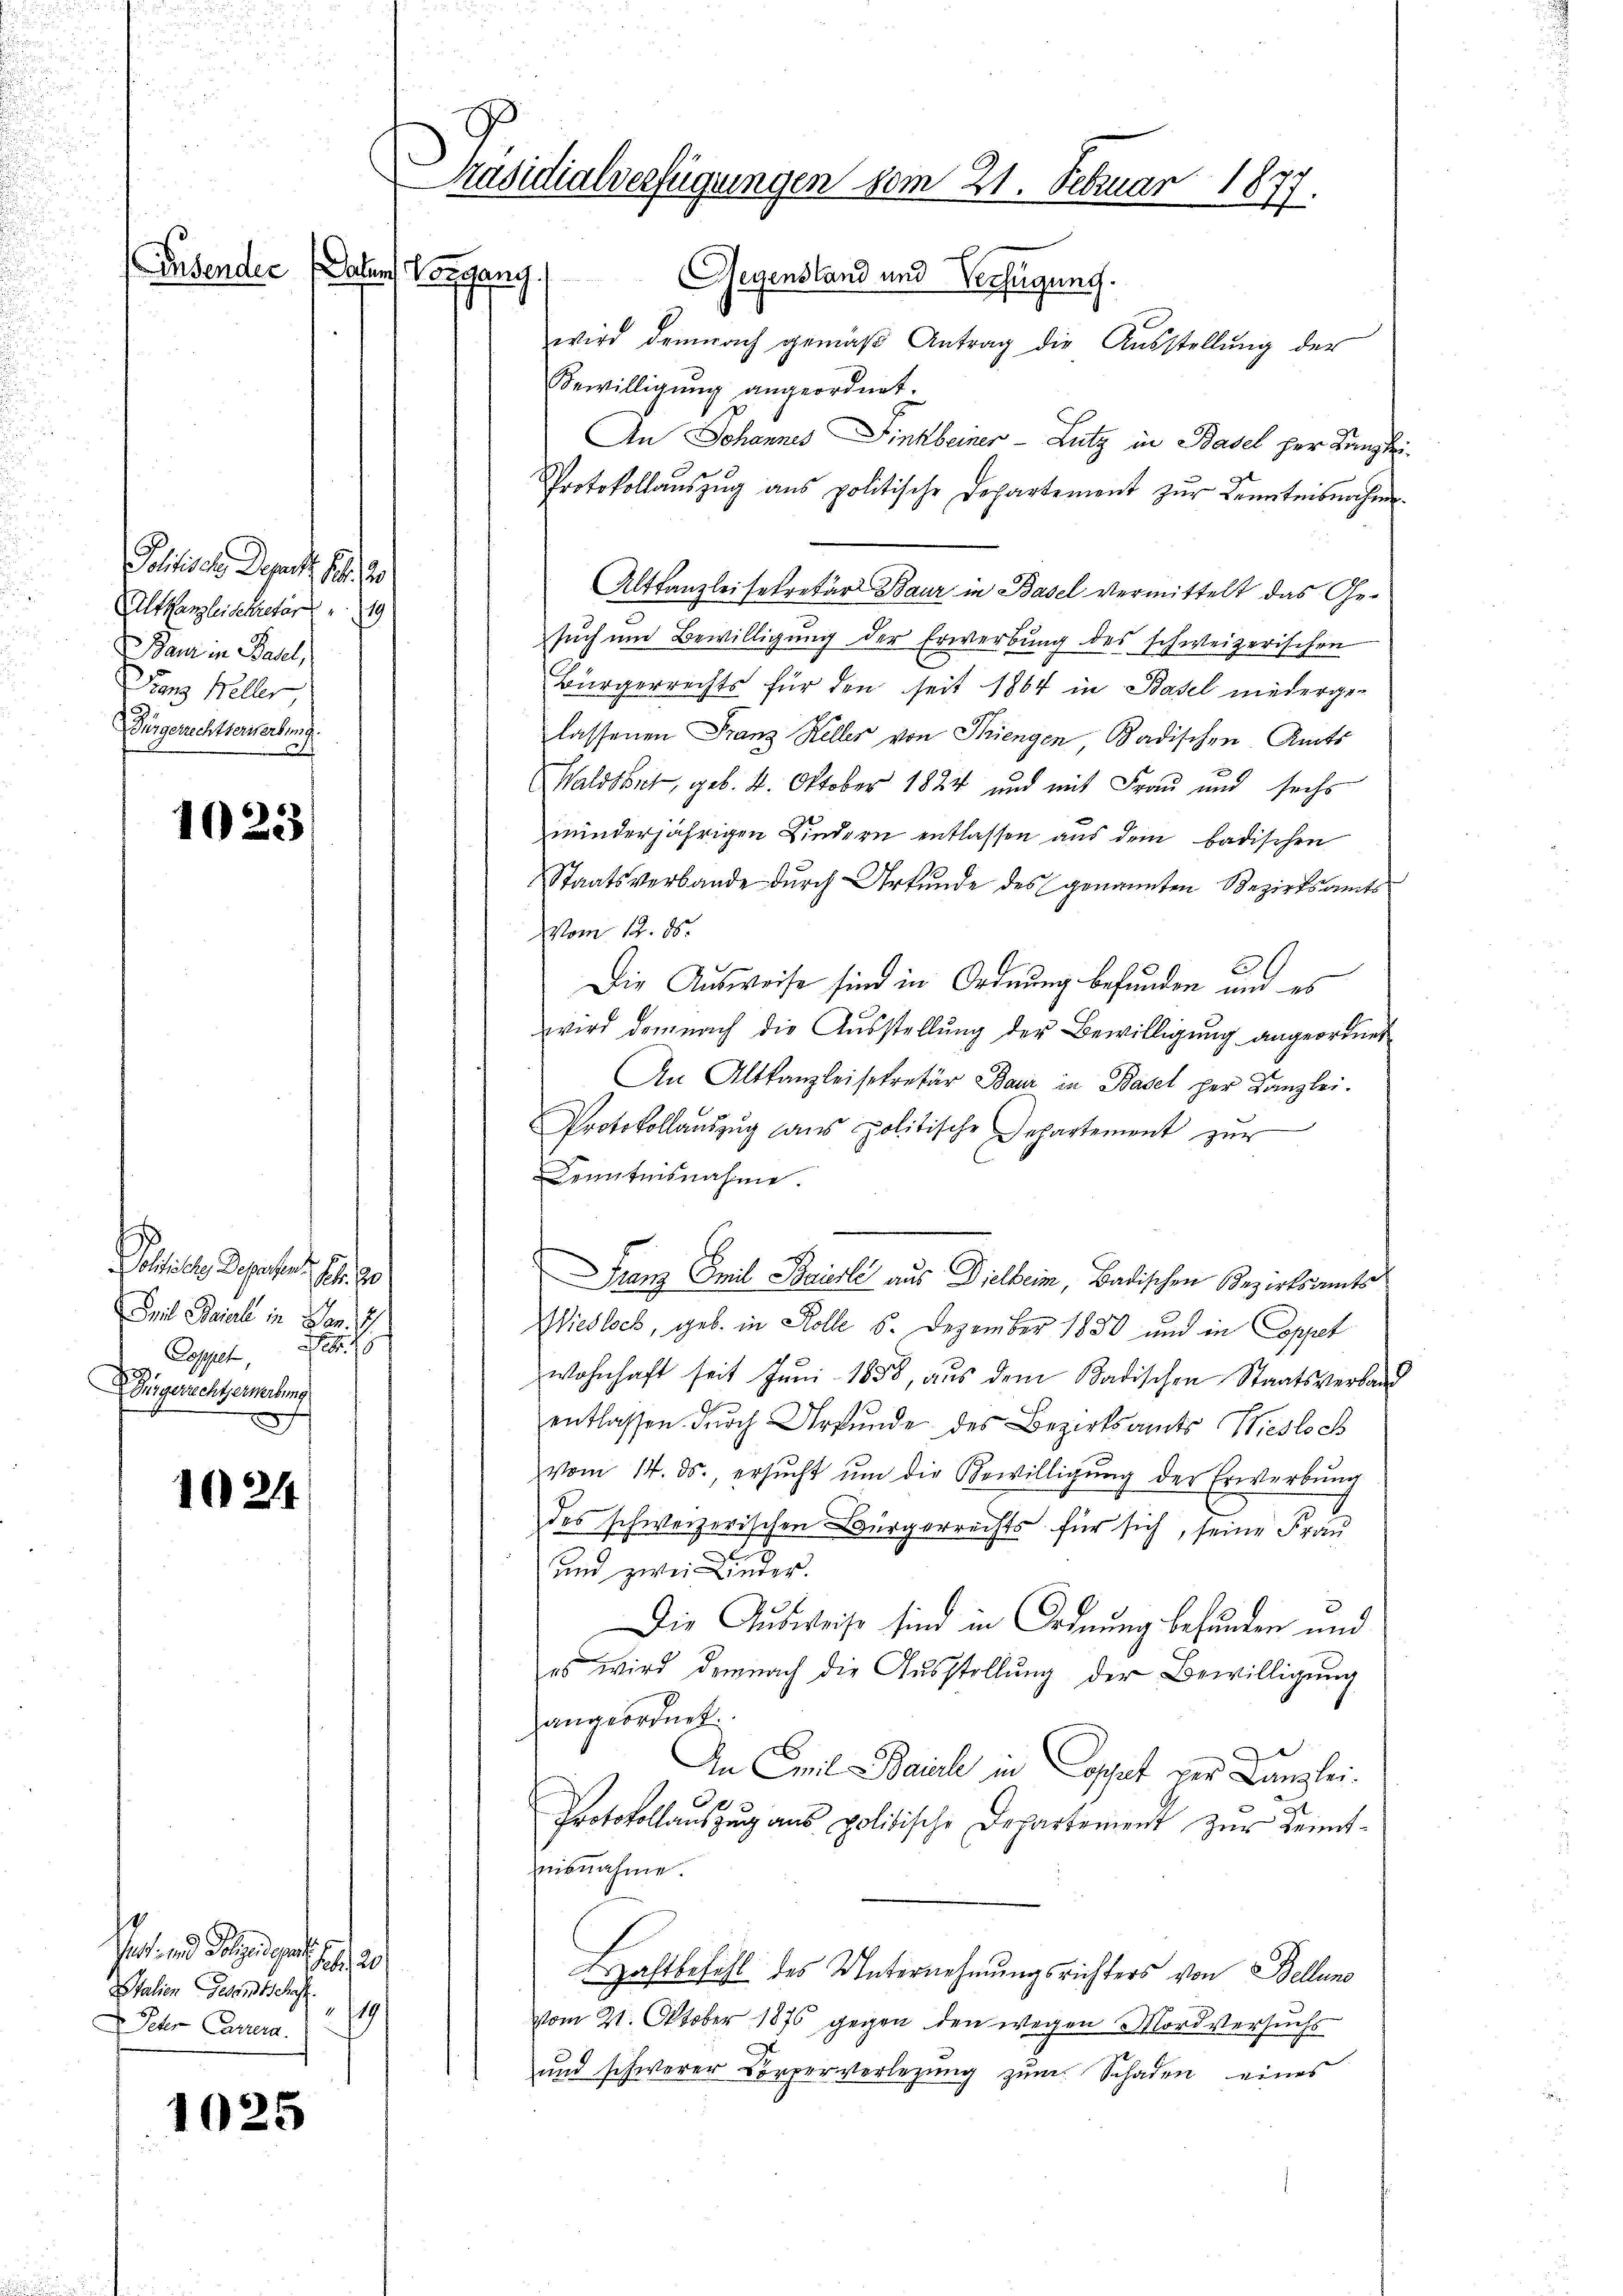
Polliser Depart. 14. 20
Altkanzleidekretär 19
Baur in Basel,
Franz Keller
Fürgerrechtseriterbung

1023

Polhalten Departen S. 20
Seil Baiali in Ban
i
Zopppet,
Dingerechtserwerbung

1024

1025

Lusender sahen Vorgang

Paotirend Polizeigen.
soldu
Italien Gesandtschaft
119
Icher Carrera.

Präsidialverfügungen vom 21. Februar 1877.

Gegensland und Verfügung.
wird demnach gemäß Antrag die Ausstellung der
Bewilligung angeordnet.
An Johannes Finkbeiner - Lutz in Basel her Kanzlei
Protokollaŭszŭg ans politische Departement zŭr Kenntnisnahme
Altkanzleisekretär Baur in Basel vermittelt das Gesuch und Bewilligung der Erwerbung des schweizerischen
Bürgerrechts für den seit 1864 in Basel niedergelassenen Franz Keller von Thiengen Badischen Amts
Waldshut, geb. 4. Oktober 1824 und mit Frau und sechs
minderjährigen Kindern entlassen aus dem badischen
Staatsverbande durch Urkunde des genannten Bezirksamts
vom 12. ds.
26
Die Ausweise sind in Ordnung befunden und es
wird demnach die Ausstellŭng der Bewilligung angeordnet
An Altkanzleisekretär Baur in Basel per Kanzlei.
Protokollaŭszŭg dans politische Departemont zŭr
Kenntnisnahme.
Franz Emil Baiilé aus Dielheim, Badischen Bezirksamts
Wiesloch, geb. in Kolle 6. Dezember 1830 und in Coppet
wohnhaft seit Juni 1858, aus dem Badischen Staatsverband
entlassen durch Urkunde des Bezirksamts Wiesloch
vom 14. ds. ersŭcht ŭm die Bewilligŭng der Erwerbŭng
des schweizerischen Bürgerrechts für sich, seine Frau
und zwei Kinder.
Die Ausweise sind in Ordnung befunden und
es wird demnach die Aŭsstellŭng der Bewilligŭng
angeordnet.
An Emil Baile in Cosset der Kanzlei-
Protokollauszug aus politische Departement zur Kenntnisnahme.
Hahlbefehl des Unternehmungsrichters von Bellung
vom 21. Oktober 1876 gegen den wegen Mordversuchs
und schwerer Körperverlegung zum Schaden eines